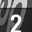
Digit: 2